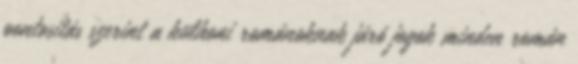
pontosítás szerint a külhoni románoknak járó jogok minden román